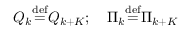
Q _ { k } { \stackrel { \mathrm { d e f } } { = } } Q _ { k + K } ; \quad \Pi _ { k } { \stackrel { \mathrm { d e f } } { = } } \Pi _ { k + K }